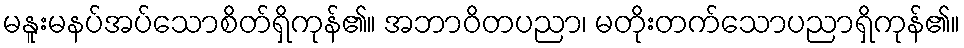
မနူးမနပ်အပ်သောစိတ်ရှိကုန်၏။ အဘာဝိတပညာ၊ မတိုးတက်သောပညာရှိကုန်၏။